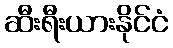
ဆီးရီးယားနိုင်ငံ